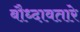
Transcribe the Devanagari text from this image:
बौध्दावतारे